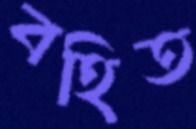
বহিত